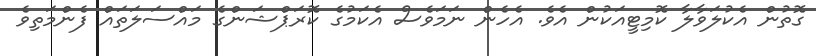
ގޮތުން އެކުލަވާލާ ކޮމިޓީއަކުން އެވެ. އެހެން ނަމަވެސް އެކަމުގެ ކޮރަޕްޝަންގެ މައްސަލަތައް ފެންމަތިވެ